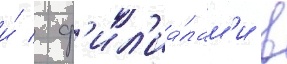
и́ / ф'ил'иа́лам'и в